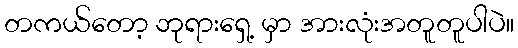
တကယ်တော့ ဘုရားရှေ့ မှာ အားလုံးအတူတူပါပဲ။